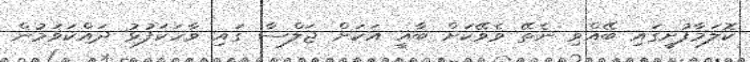
ކޮލަމާފުށީގައި ބޭއްވި ނެތޭ ވެވޭކަށް ބާޣީ އަކަށް ޖަލްސާ ގައި ވާހަކަފުޅު ދައްކަވަމުން